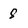
Character: 8